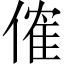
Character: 傕